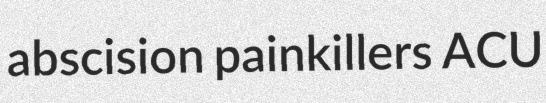
abscision painkillers ACU